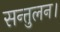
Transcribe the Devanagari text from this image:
सन्तुलन।